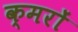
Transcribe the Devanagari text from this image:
क्मरों